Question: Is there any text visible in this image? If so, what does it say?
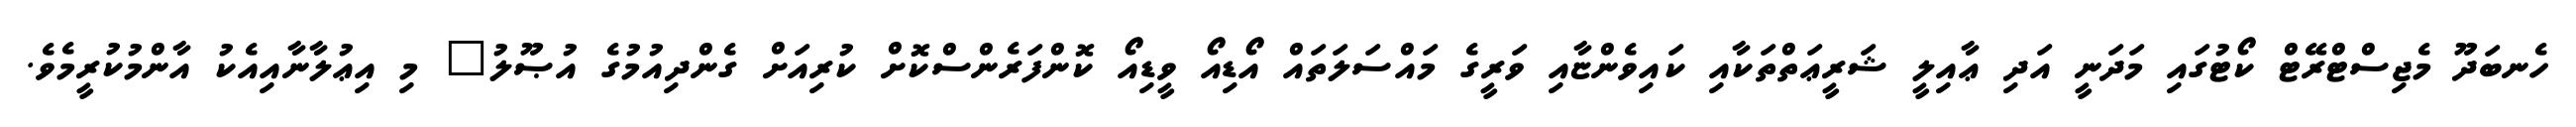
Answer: ހެނބަދޫ މެޖިސްޓްރޭޓް ކޯޓުގައި މަދަނީ އަދި ޢާއިލީ ޝަރީޢަތްތަކާއި ކައިވެންޏާއި ވަރީގެ މައްސަލަތައް އޯޑިއޯ ވީޑިއޯ ކޮންފަރެންސްކޮށް ކުރިއަށް ގެންދިއުމުގެ އުޞޫލު" މި އިޢުލާނާއިއެކު އާންމުކުރީމެވެ.